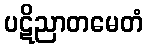
ပဋိညာတမေတံ